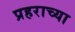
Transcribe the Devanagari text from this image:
प्रहराच्या